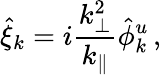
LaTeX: \hat{\xi}_{k}=i\frac{k_{\perp}^{2}}{k_{\parallel}}\hat{\phi}_{k}^{u}\, ,